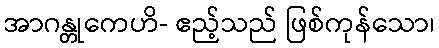
အာဂန္တုကေဟိ- ဧည့်သည် ဖြစ်ကုန်သော၊